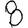
Digit: 8